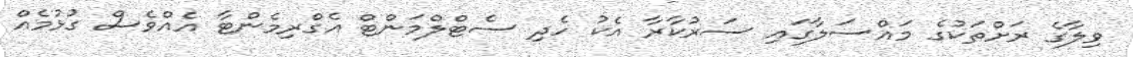
ވިލާގެ ރަށްތަކުގެ މައްސަލާގައި ސަރުކާރާ އެކު ހެދި ސެޓްލްމަންޓް އެގްރިމެންޓާ އެއްވެސް ގުޅުމެއް